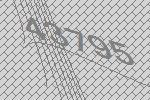
43795